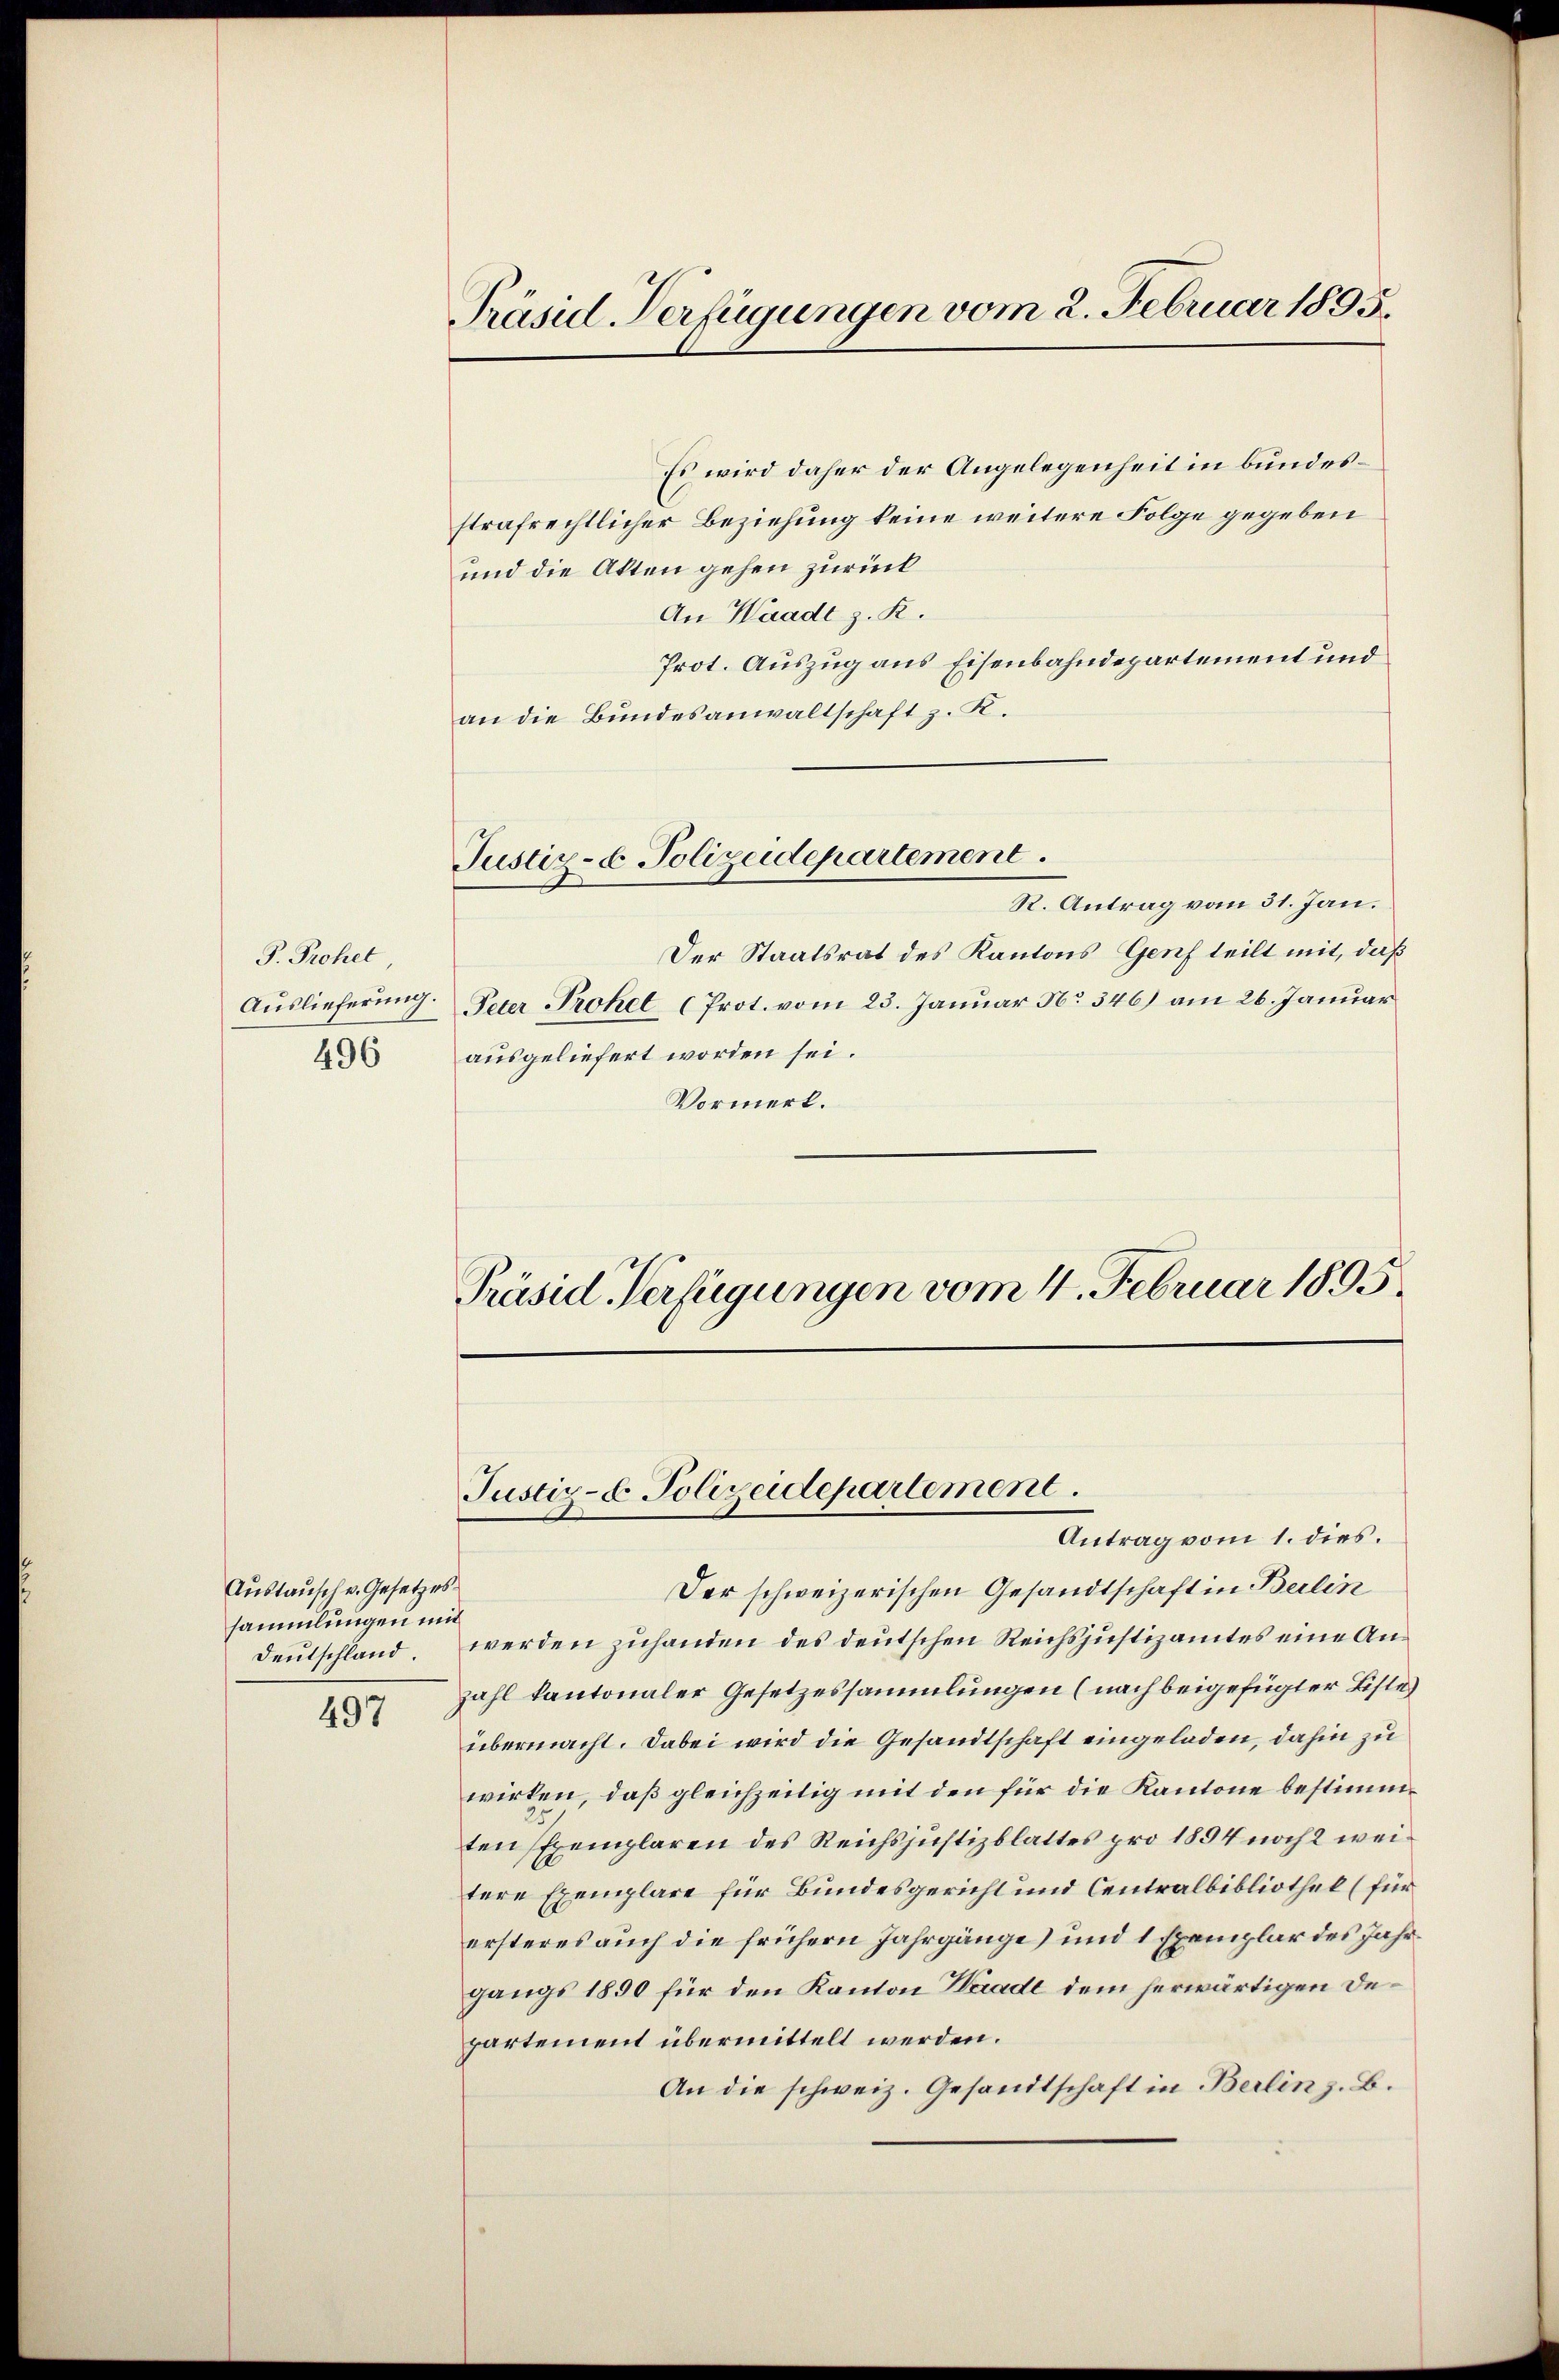
J. Prohet
Auslieferung.
496

Austausch v. Gesetzes
sammlungen mit
Deutschland

497

Präsid Verfügungen vom 2. Februar 1895.

Justiz- & Polizeidepartement.

Es wird daher der Angelegenheit in bundesstrafrechtlicher Beziehung keine weitere Folge gegeben
und die Akten gehen zurück
An Waadt z. R.
Prot. Auszug aus Eisenbahndepartement und
an die Bundesanwaltschaft z. K.
R. Antrag vom 31. Jan.
Der Staatsrat des Kantons Genf teilt mit, daß
Peter Prohet (Prot. vom 23. Januar No 346) am 26. Januar
ausgeliefert worden sei.
Vormerk.
Präsid. Verfügungen vom 4. Februar 1895.
Justiz- & Polizeidepartement.
Antrag vom 1. dies.
Der schweizerischen Gesandtschaft in Berlin
werden zuhanden des deutschen Reichsjustizamtes eine An¬
Zahl kantonaler Gesetzessammlungen (nach beigefügter Liste
übermacht. Dabei wird die Gesandtschaft eingeladen, dahin zu
wirken, daß gleichzeitig mit den für die Kantone bestimmten Exemplaren des Reichs justizblattes pro 1894 noch 2 weitere Exemplare für Bundesgericht und Centralbibliothek (für
ersteres auch die frühern Jahrgänge) und 1 Exemplar des Jahrgangs 1890 für den Kanton Herade dem herwärtigen Departement übermittelt werden.
An die schweiz. Gesandtschaft in Berlin z. B.